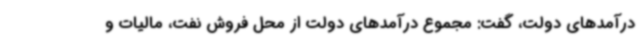
درآمدهای دولت، گفت: مجموع درآمدهای دولت از محل فروش نفت، مالیات و